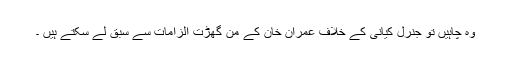
وہ چاہیں تو جنرل کیانی کے خلاف عمران خان کے من گھڑت الزامات سے سبق لے سکتے ہیں ۔